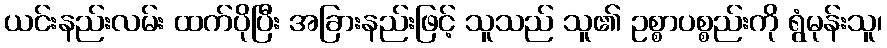
ယင်းနည်းလမ်း ထက်ပိုပြီး အခြားနည်းဖြင့် သူသည် သူ၏ ဥစ္စာပစ္စည်းကို ရွံမုန်းသူ၊